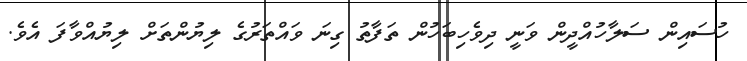
ހުސައިން ސަލާހުއްދީން ވަނީ ދިވެހިބަހުން ތަފާތު ގިނަ ވައްތަރުގެ ލިޔުންތަށް ލިޔުއްވާފަ އެވެ.